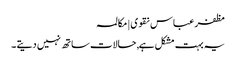
مظفر عباس نقوی | مکالمہ
یہ بہت مشکل ہے, حالات ساتھ نہیں دیتے ۔